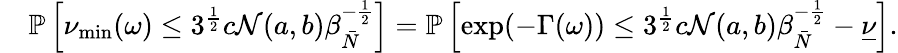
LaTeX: \begin{array}{rl}&{\mathbb{P}\left[\nu_{\operatorname*{min}}(\omega)\leq 3^{\frac{1}{2}}c\mathcal{N}(a,b)\beta_{\bar{N}}^{-\frac{1}{2}}\right]=\mathbb{P}\left[\exp(-\Gamma(\omega))\leq 3^{\frac{1}{2}}c\mathcal{N}(a,b)\beta_{\bar{N}}^{-\frac{1}{2}}-\underline{{\nu}}\right].}\end{array}